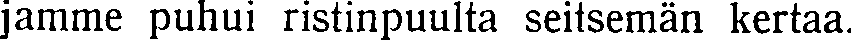
jamme puhui ristinpuulta seitsemän kertaa.